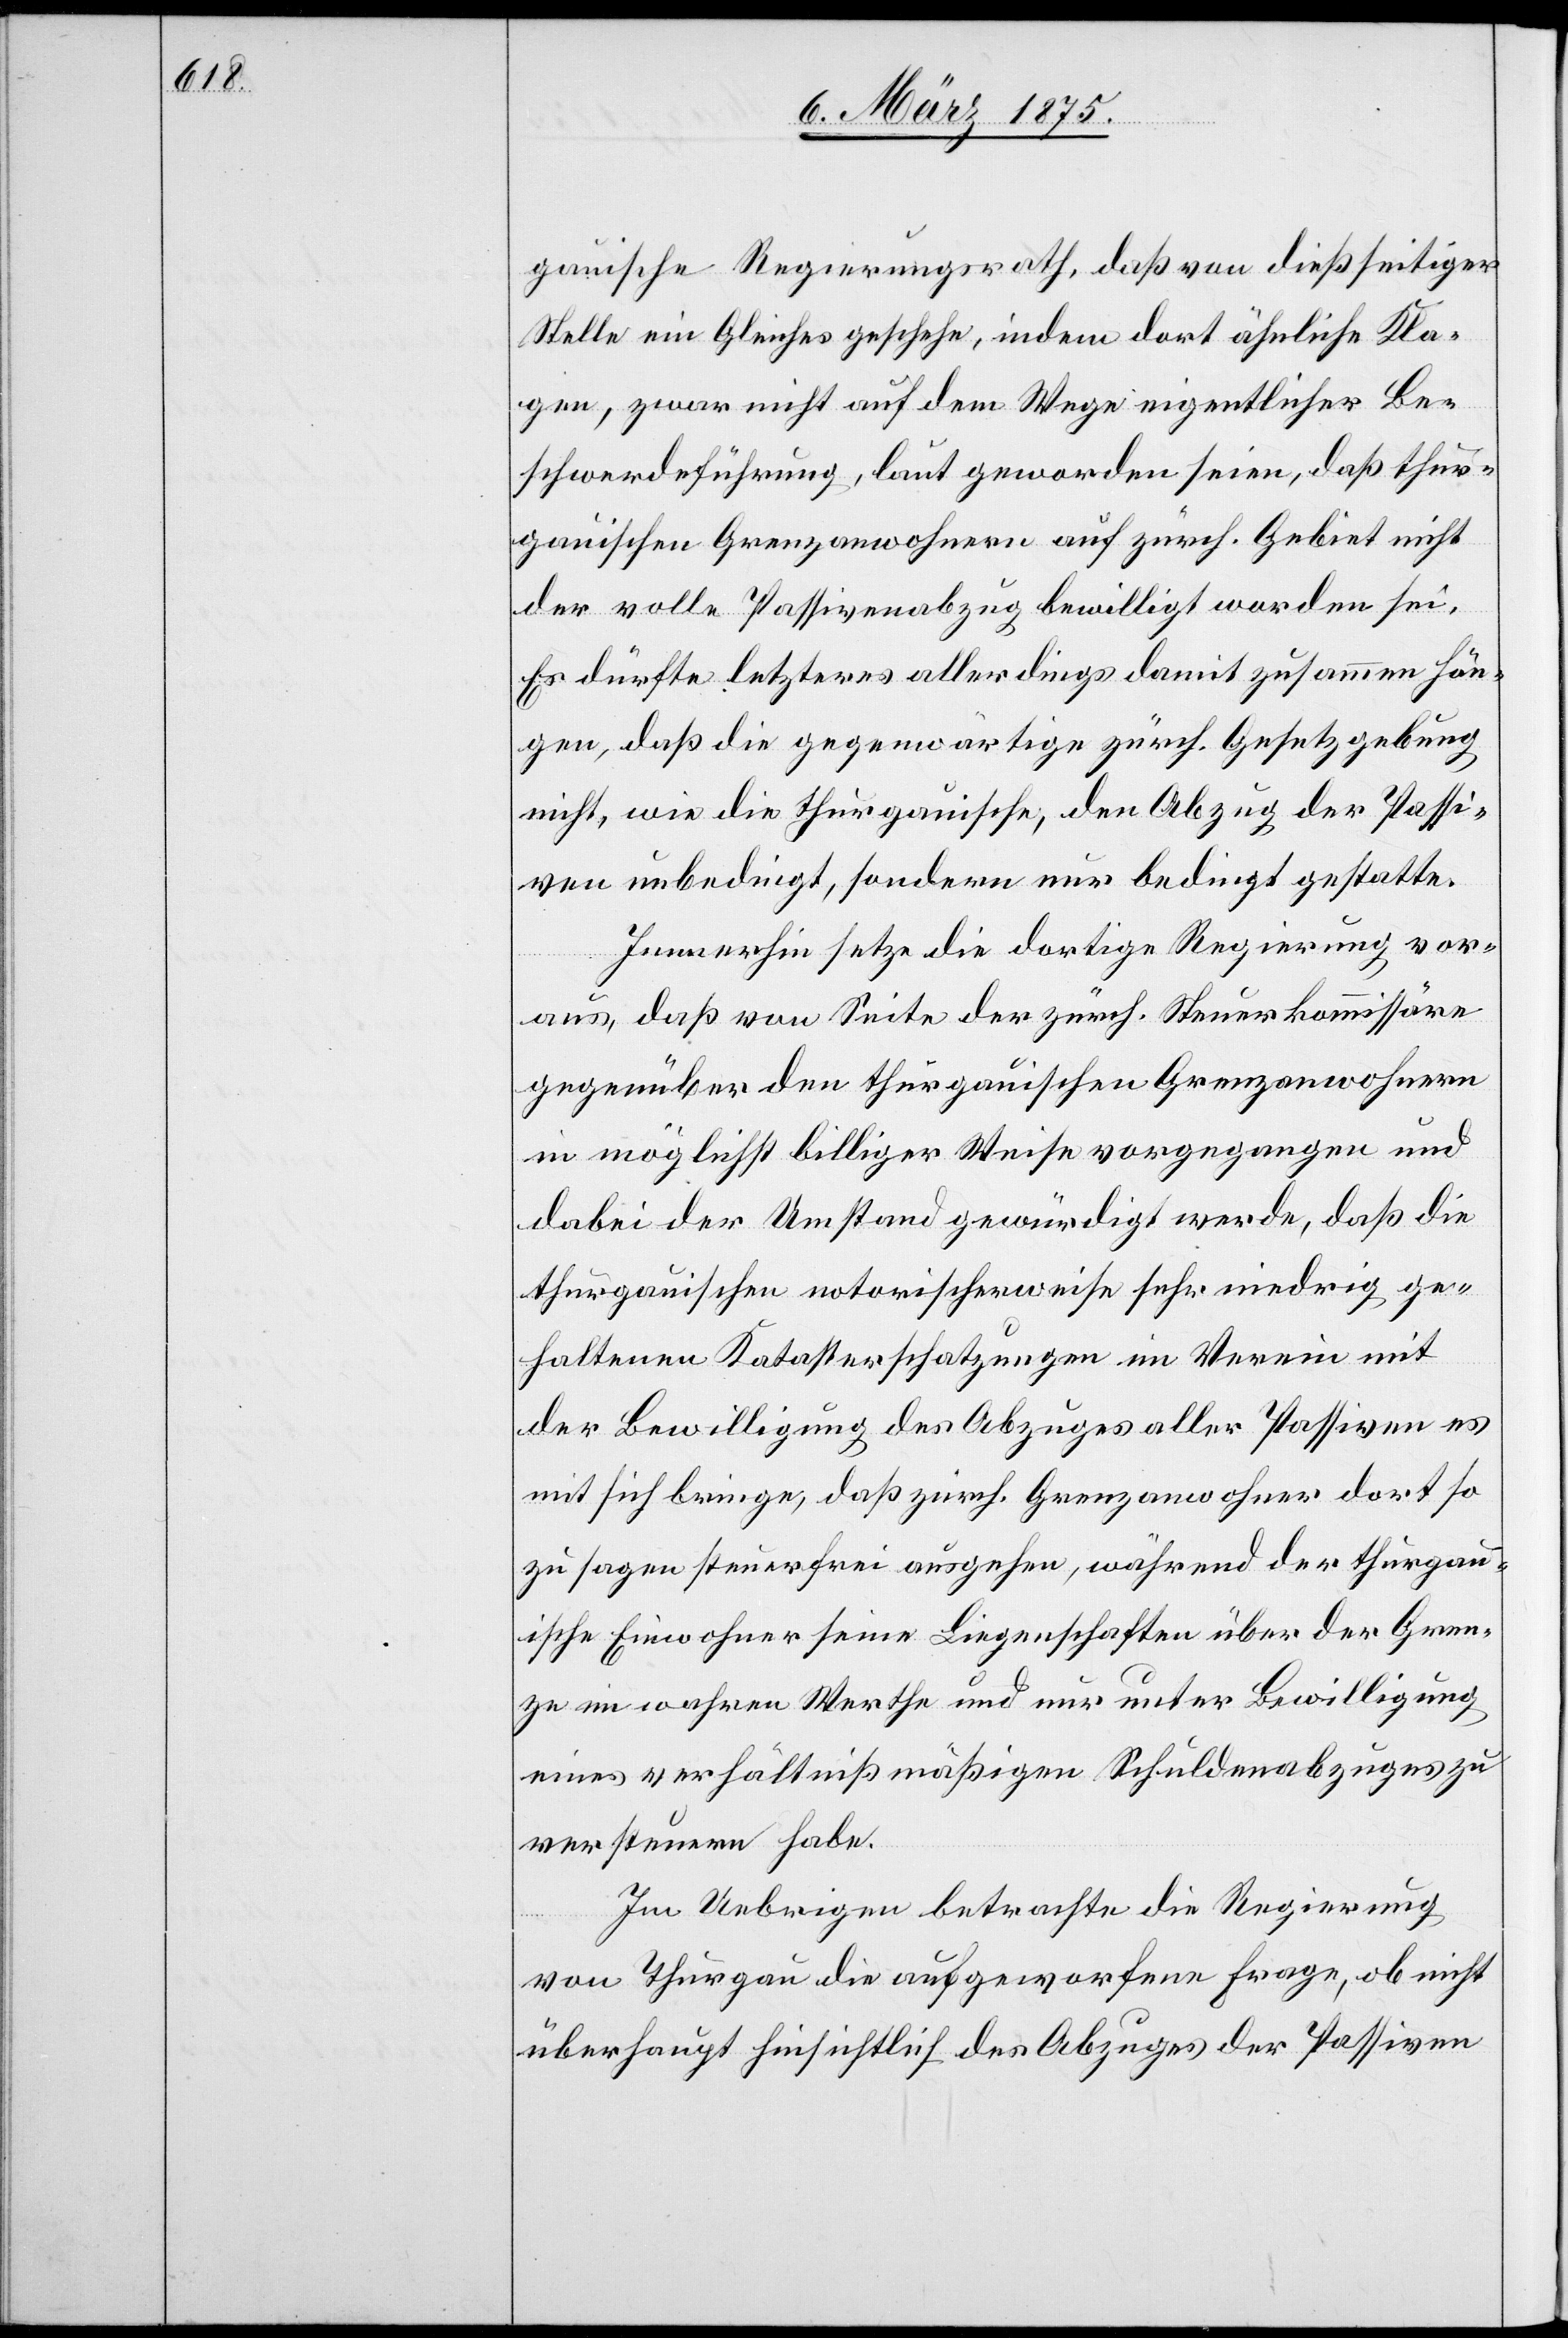
gauische Regierungsrath, daß von dießseitiger
Stelle ein Gleiches geschehe, indem dort ähnliche Kla¬
gen, zwar nicht auf dem Wege eigentlicher Be¬
schwerdeführung, laut geworden seien, daß thur¬
gauischen Grenzanwohnern auf zürch. Gebiet nicht
der volle Passivenabzug bewilligt worden sei.
Es dürfte letzteres allerdings damit zusammen hän¬
gen, daß die gegenwärtige zürch. Gesetzgebung
nicht, wie die thurgauische, den Abzug der Passi¬
ven unbedingt, sondern nur bedingt gestatte.
Immerhin setze die dortige Regierung vor¬
aus, daß von Seite der zürch. Steuerkommissäre
gegenüber den thurgauischen Grenzanwohnern
in möglichst billiger Weise vorgegangen und
dabei der Umstand gewürdigt werde, daß die
thurgauischen notorischerweise sehr niedrig ge¬
haltenen Katasterschatzungen im Verein mit
der Bewilligung des Abzuges aller Passiven es
mit sich bringe, daß zürch. Grenzanwohner dort so
zu sagen steuerfrei ausgehen, während der thurgau¬
ische Einwohner seine Liegenschaften über der Gren¬
ze im wahren Werthe und nur unter Bewilligung
eines verhältnißmäßigen Schuldenabzuges zu
versteuern habe.
Im Uebrigen betrachte die Regierung
von Thurgau die aufgeworfene Frage, ob nicht
überhaupt hinsichtlich des Abzuges der Passiven